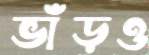
ভাঁড়ও